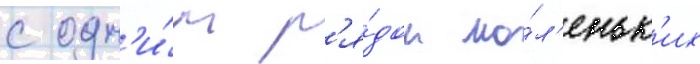
с одн'и́м р'я́дом ма́л'еньк'их